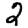
Digit: 2